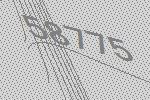
58775